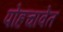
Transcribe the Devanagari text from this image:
पोहचावेत